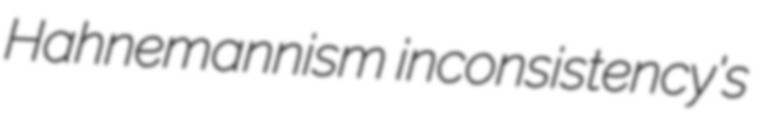
Hahnemannism inconsistency's